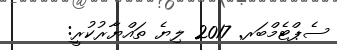
ސެޕްޓެމްބަރ